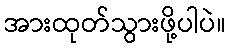
အားထုတ်သွားဖို့ပါပဲ။